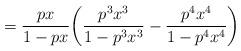
LaTeX: \begin{align*}= \frac{px}{1-px}\bigg(\frac{p^3x^3}{1-p^3x^3} - \frac{p^4x^4}{1-p^4x^4}\bigg)\end{align*}